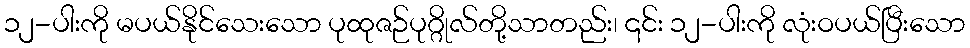
၁၂-ပါးကို မပယ်နိုင်သေးသော ပုထုဇဉ်ပုဂ္ဂိုလ်တို့သာတည်း၊ ၎င်း ၁၂-ပါးကို လုံးဝပယ်ပြီးသော